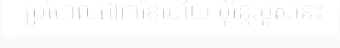
ប្រហែលជា៣ខែហើយ ប៉ុន្តែរបួសនេះ